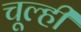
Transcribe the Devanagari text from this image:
चूल्ही